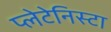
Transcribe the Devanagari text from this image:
प्‍लेटेनिस्‍टा